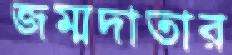
জম্মদাতার